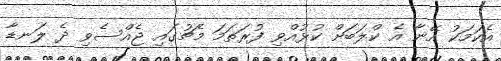
އެކަމަކު އޭނާ އެ ކްލަބަށް ކުޅުއްވި ފުރަތަމަ މެޗުގައި ޖެއްސެވި ދެ ލަނޑާ